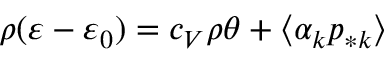
\rho ( \varepsilon - \varepsilon _ { 0 } ) = c _ { V } \rho \theta + \langle \alpha _ { k } p _ { * k } \rangle